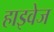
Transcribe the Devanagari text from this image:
हाइवेज